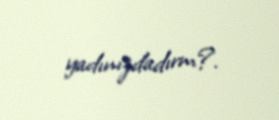
yadınızdadırm?.